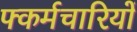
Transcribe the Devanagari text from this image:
फ्कर्मचारियों